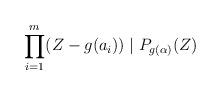
LaTeX: \begin{align*}\prod_{i=1}^{m}(Z-g(a_i))\mid P_{g(\alpha)}(Z)\end{align*}